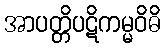
အာပတ္တိပဋိကမ္မဝိဓိ